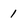
Character: 1